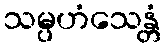
သမ္ပဟံသေန္တံ